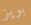
بويز